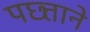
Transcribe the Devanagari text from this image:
पछ्ताने